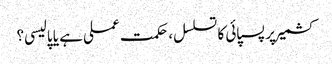
کشمیر پر پسپائی کا تسلسل، حکمت عملی ہے یا پالیسی؟